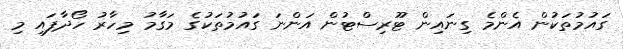
ގައުމުތަކުން އެންމެ ގިނައިން ޓޫރިސްޓުން އަންނަ ގައުމުތަކުގެ މަގާމު މިހާރު ހޯދާފައި މި